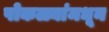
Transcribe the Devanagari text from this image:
पोकळ्यांमधून